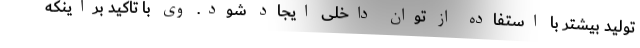
تولید بیشتر با استفاده از توان داخلی ایجاد شود. وی با تاکید براینکه